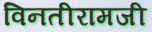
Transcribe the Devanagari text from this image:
विनतीरामजी